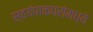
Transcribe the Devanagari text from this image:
स्वयंपाकघरांमध्ये